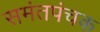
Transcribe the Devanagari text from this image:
समंतपंचक